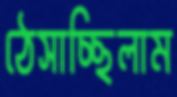
ঠেসাচ্ছিলাম